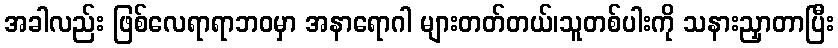
အခါလည်း ဖြစ်လေရာရာဘဝမှာ အနာရောဂါ များတတ်တယ်၊သူတစ်ပါးကို သနားညှာတာပြီး